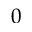
0